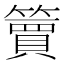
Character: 𫂥